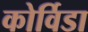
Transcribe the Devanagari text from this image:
कोर्विडा